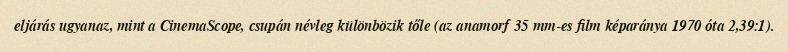
eljárás ugyanaz, mint a CinemaScope, csupán névleg különbözik tőle (az anamorf 35 mm-es film képaránya 1970 óta 2,39:1).